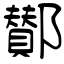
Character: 鄼